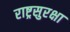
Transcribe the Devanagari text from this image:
राष्ट्रसुरक्षा